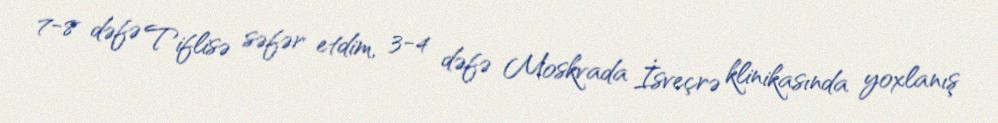
7-8 dəfə Tiflisə səfər etdim, 3-4 dəfə Moskvada İsveçrə klinikasında yoxlanış